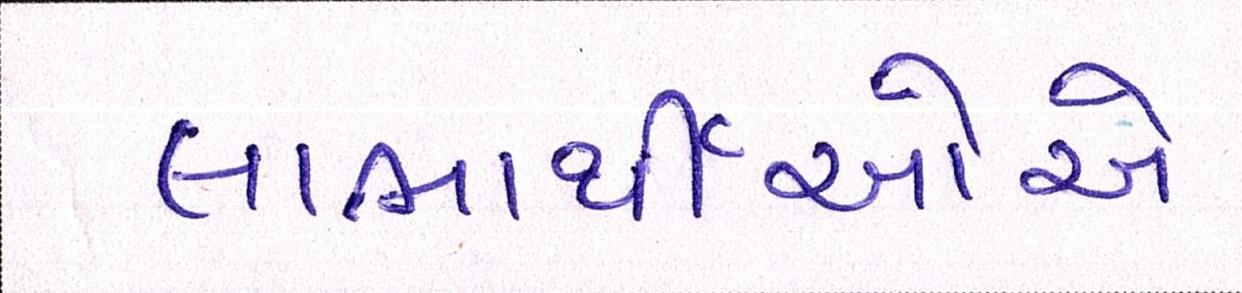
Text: લાભાર્થીઓએ